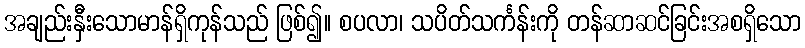
အချည်းနှီးသောမာန်ရှိကုန်သည် ဖြစ်၍။ စပလာ၊ သပိတ်သင်္ကန်းကို တန်ဆာဆင်ခြင်းအစရှိသော